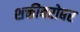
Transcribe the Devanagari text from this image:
शक्तीबरोबर